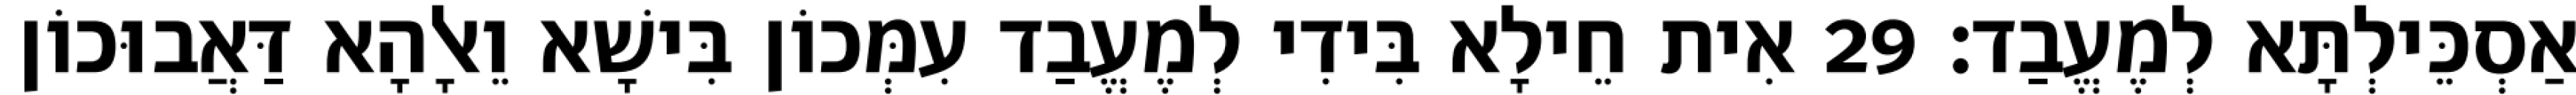
אַסְכֵּילְתָּא לְמֶעֱבַד׃ 29 אִית חֵילָא בִּידִי לְמֶעֱבַד עִמְּכוֹן בִּישָׁא וֵאלָהָא דַּאֲבוּכוֹן